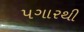
પગારથી